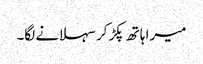
میرا ہاتھ پکڑ کر سہلانے لگا۔